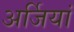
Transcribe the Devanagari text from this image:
अर्जियां